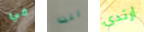
في انت ارتدى